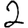
Digit: 2